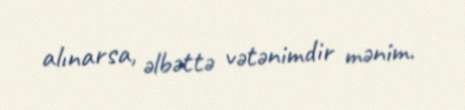
alınarsa, əlbəttə vətənimdir mənim.